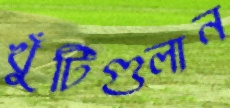
খুঁটিগুলান